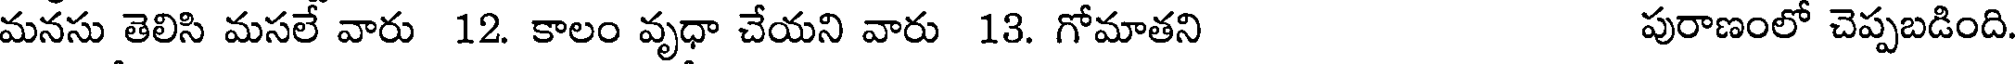
మనసు తెలిసి మసలే వారు 12. కాలం వృధా చేయని వారు 13. గోమాతని పురాణంలో చెప్పబడింది.